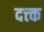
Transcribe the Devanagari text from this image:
दत्त्क